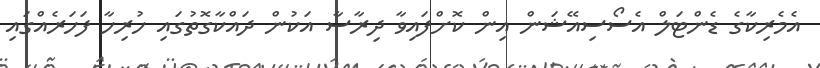
އެމެރިކާގެ ޑެންޓަލް އެސޯސިއޭޝަން އިން ކޮށްފައިވާ ދިރާސާ އަކުން ދައްކާގޮތުގައި ހުރިހާ ފަހަރެއްގައި